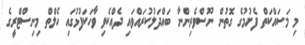
މި މަސައްކަތް ފެށުމުގެ ގޮތުން ނޫސްވެރިންނާ ބައްދަލުކުރައްވައި ދެއްކެވި ވާހަަކަފުޅުގައި ހެލްތް މިނިސްޓްރީގެ